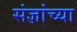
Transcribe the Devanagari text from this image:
संज्ञांच्या